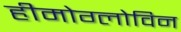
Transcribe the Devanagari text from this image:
हीमोग्लोविन